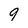
Character: 9